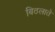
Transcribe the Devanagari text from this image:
बिठलाते